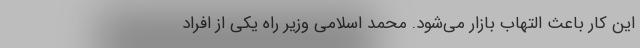
این کار باعث التهاب بازار می‌شود. محمد اسلامی وزیر راه یکی از افراد